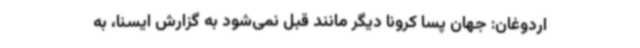
اردوغان: جهان پسا کرونا دیگر مانند قبل نمی‌شود به گزارش ایسنا، به